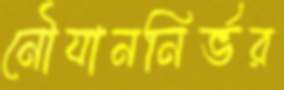
নৌযাননির্ভর